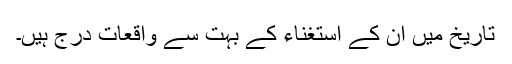
تاریخ میں ان کے استغناء کے بہت سے واقعات درج ہیں۔